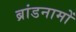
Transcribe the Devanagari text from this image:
ब्रांडनामों